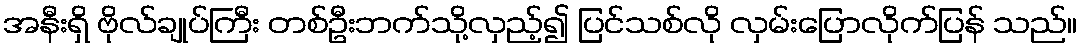
အနီးရှိ ဗိုလ်ချုပ်ကြီး တစ်ဦးဘက်သို့လှည့်၍ ပြင်သစ်လို လှမ်းပြောလိုက်ပြန် သည်။